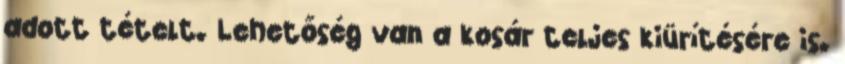
adott tételt. Lehetőség van a kosár teljes kiürítésére is.